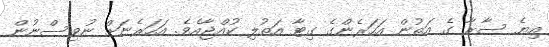
އިޔެ ސާރާ ގެ އަތުން އަހަރެންގެ ގިޓާ އަތުލި ކުއްޖާއެވެ. އަހަރެނަށް ނުވިސްނުން